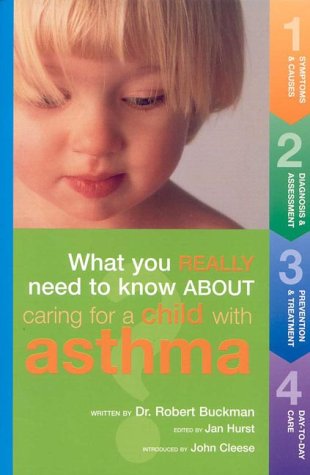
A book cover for What You Really Need to Know About Caring for a Child With Asthma; Robert Buckman; Health, Fitness & Dieting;